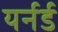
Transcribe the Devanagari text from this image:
यर्नर्ड